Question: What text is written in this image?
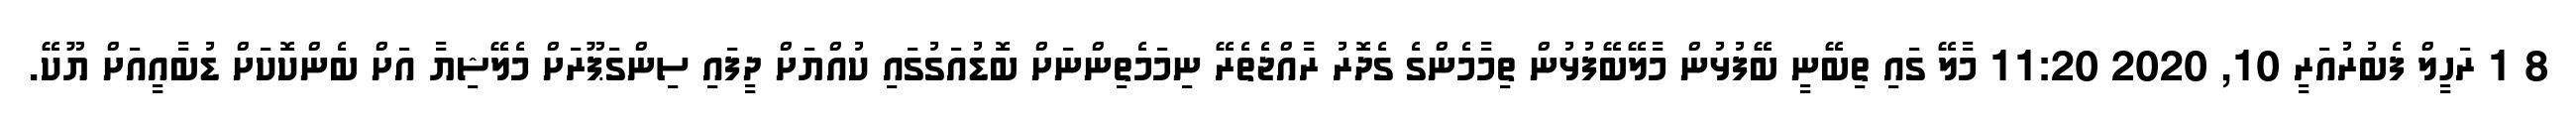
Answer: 8 1 ރަހީލް ފެބުރުއަރީ 10, 2020 11:20 މާލޭ ގައި ތިބޭނީ ބޭފުޅުން މާލޭބޭފުޅުން ތިމާމެންގެ ގެދޮރު ރާއްޖެތެރޭ ނިމަމެތިންނަށް ބޮޑުއަގުގައި ކުއްޔަށް ދީފައި ސިންގަޕޫރަށް މެލޭޝިޔާ އަށް ބެންކޮކަށް ޑުބާއީއަށް ޔޫކޭ.